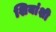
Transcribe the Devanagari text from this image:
शियांशी